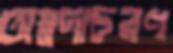
অন্নদাচরণ